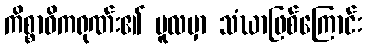
ကိစ္စာဓိကရုဏ်း၏ မူလမှာ သံဃာဖြစ်ကြောင်း